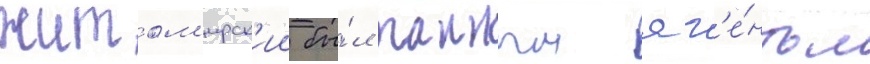
житом'ирск'ии бы́л таиным аг'е́нтом